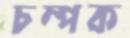
চম্পক